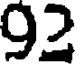
92